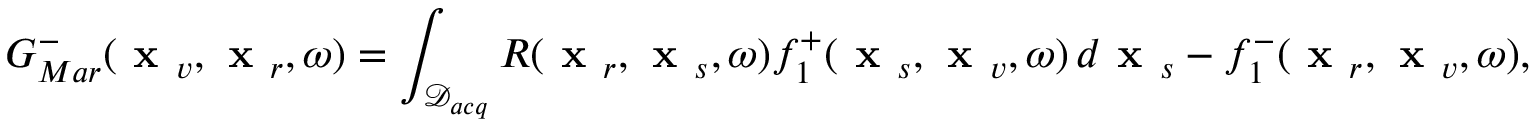
G _ { M a r } ^ { - } ( \textbf { x } _ { v } , \textbf { x } _ { r } , \omega ) = \int _ { \mathcal { D } _ { a c q } } R ( \textbf { x } _ { r } , \textbf { x } _ { s } , \omega ) f _ { 1 } ^ { + } ( \textbf { x } _ { s } , \textbf { x } _ { v } , \omega ) \, d \textbf { x } _ { s } - f _ { 1 } ^ { - } ( \textbf { x } _ { r } , \textbf { x } _ { v } , \omega ) ,